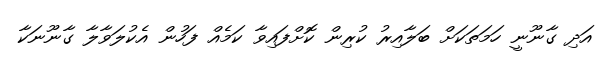
އަދި ގާނޫނީ ހަމަތަކަށް ބަލާއިރު ކުރިން ކޮށްފައިވާ ކަމެއް ފަހުން އެކުލަވާލާ ގާނޫނަކާ